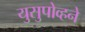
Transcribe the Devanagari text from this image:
युसुपोव्हने